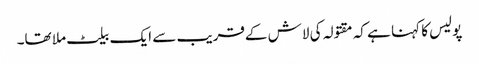
پولیس کا کہنا ہے کہ مقتولہ کی لاش کےقریب سے ایک بیلٹ ملا تھا۔